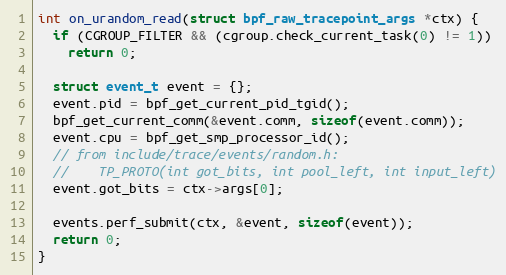
Language: C++
int on_urandom_read(struct bpf_raw_tracepoint_args *ctx) {
  if (CGROUP_FILTER && (cgroup.check_current_task(0) != 1))
    return 0;

  struct event_t event = {};
  event.pid = bpf_get_current_pid_tgid();
  bpf_get_current_comm(&event.comm, sizeof(event.comm));
  event.cpu = bpf_get_smp_processor_id();
  // from include/trace/events/random.h:
  //    TP_PROTO(int got_bits, int pool_left, int input_left)
  event.got_bits = ctx->args[0];

  events.perf_submit(ctx, &event, sizeof(event));
  return 0;
}